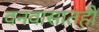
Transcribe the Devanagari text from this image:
वनवासातही